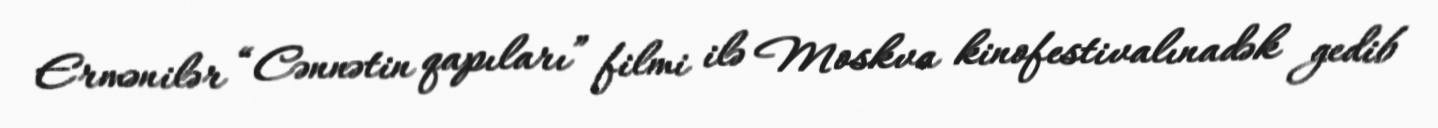
Ermənilər “Cənnətin qapıları” filmi ilə Moskva kinofestivalınadək gedib